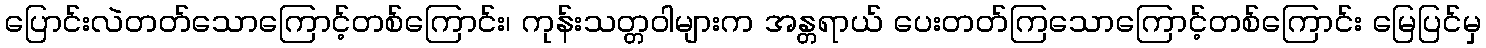
ပြောင်းလဲတတ်သောကြောင့်တစ်ကြောင်း၊ ကုန်းသတ္တဝါများက အန္တရာယ် ပေးတတ်ကြသောကြောင့်တစ်ကြောင်း မြေပြင်မှ